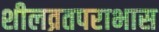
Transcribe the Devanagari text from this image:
शीलव्रतपराभास